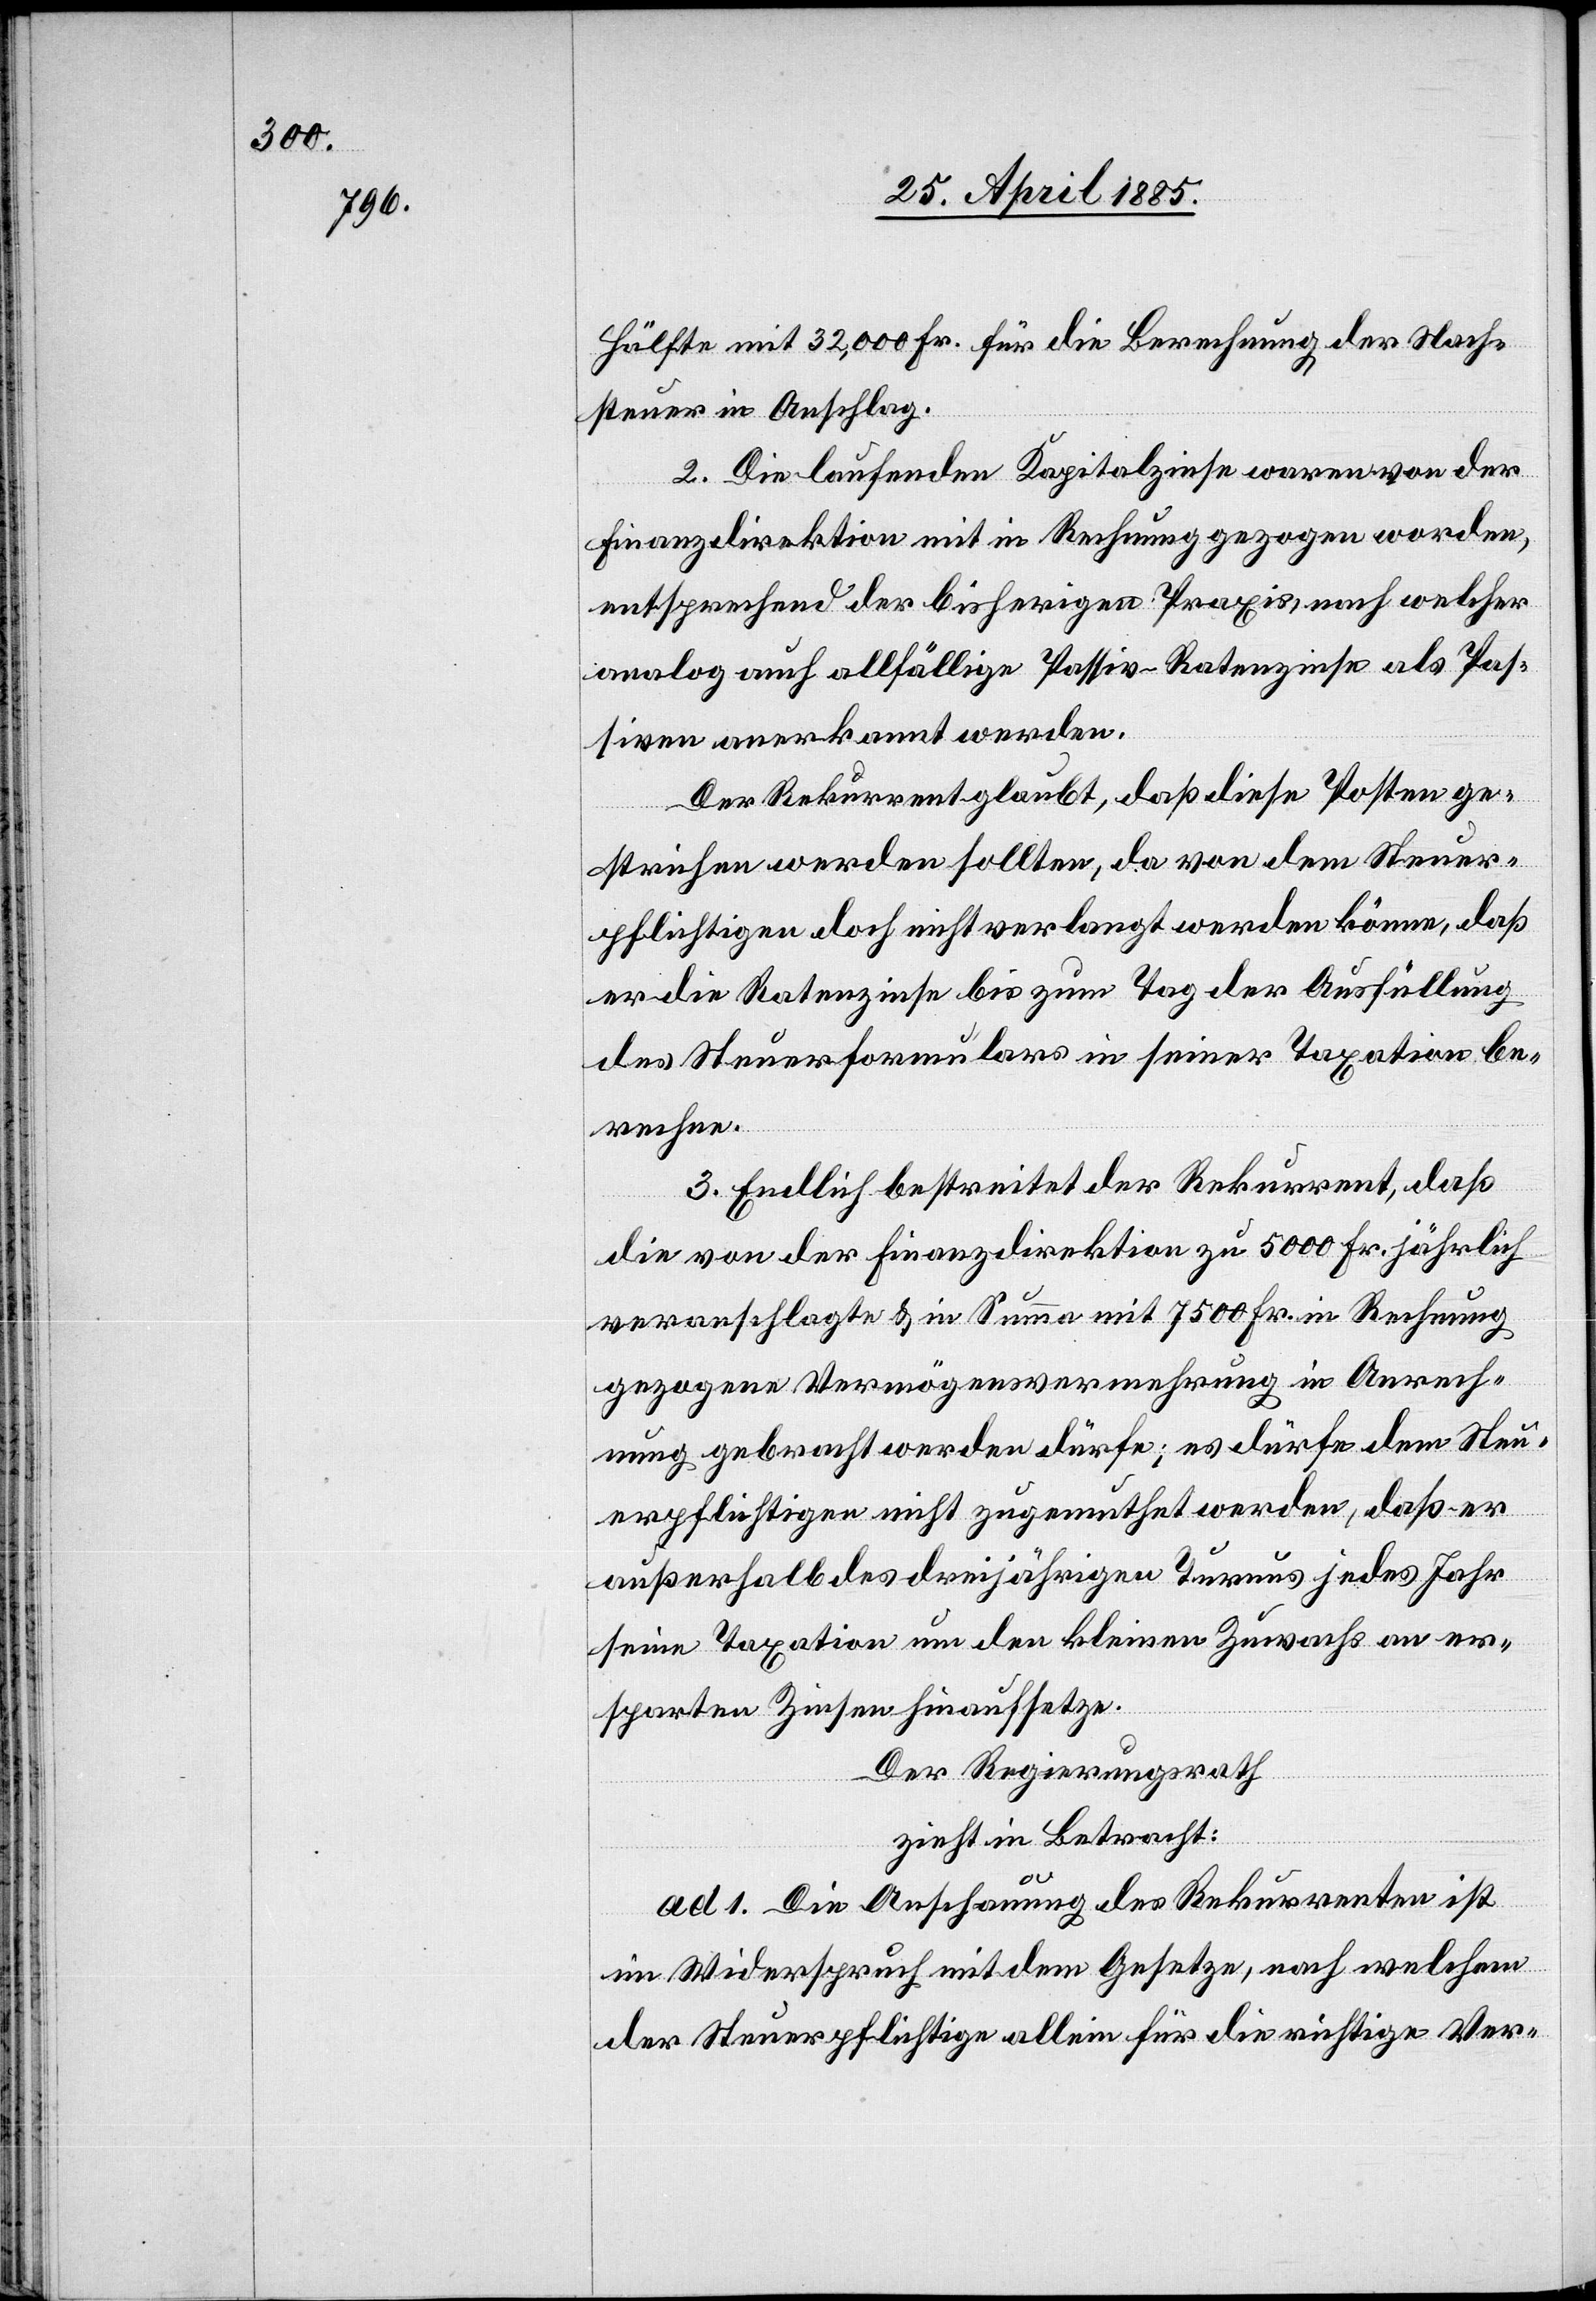
Hälfte mir 32,000 Fr. für die Berechnung der Nach¬
steuer in Anschlag.
2. Die laufenden Kapitalzinse waren von der
Finanzdirektion mit in Rechnung gezogen worden,
entsprechend der bisherigen Praxis, nach welcher
analog auch allfällige Passiv-Ratenzinse als Pas¬
siven anerkannt werden.
Der Rekurrent glaubt, daß diese Posten ge¬
strichen werden sollten, da von dem Steuer¬
pflichtigen doch nicht verlangt werden könne, daß
er die Ratenzinse bis zum Tag der Ausfüllung
des Steuerformulars in seiner Taxation be¬
Rechnung
3. Endlich bestreitet der Rekurrent, daß
die von der Finanzdirektion zu 5000 Fr. in
gezogene Vermögensvermehrung in Anrech¬
nung gebracht werden dürfe; es dürfe dem Steu¬
erpflichtigen nicht zugemuthet werden, daß er
außerhalb des dreijährigen Turnus jedes Jahr
seine Taxation um den kleinen Zuwachs an er¬
sparten Zinsen hinaufsetze.
Der Regierungsrath
zieht in Betracht:
ad 1. Die Anschauung des Rekurrenten ist
im Widerspruch mit dem Gesetze, nach welchem
der Steuerpflichtige allein für die richtige Ver-